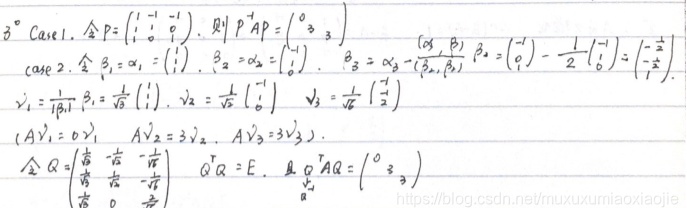
\(3^{\circ}\) Case 1. 令 \(P = \begin{pmatrix}1& -1&0\\1&1&0\\0&0&1\end{pmatrix}\)，则 \(P^{-1}AP=\begin{pmatrix}0&0&0\\0&3&0\\0&0&3\end{pmatrix}\)。

Case 2. 令 \(\beta_1=\alpha_1 = \begin{pmatrix}1\\1\\0\end{pmatrix}\)，\(\beta_2=\alpha_2=\begin{pmatrix}1\\ - 1\\0\end{pmatrix}\)，\(\beta_3=\alpha_3-\frac{(\alpha_3,\beta_1)}{(\beta_1,\beta_1)}\beta_1=\begin{pmatrix}0\\0\\1\end{pmatrix}-\frac{1}{2}\begin{pmatrix}1\\1\\0\end{pmatrix}=\begin{pmatrix}-\frac{1}{2}\\-\frac{1}{2}\\1\end{pmatrix}\)。

\(\gamma_1=\frac{1}{|\beta_1|}\beta_1=\frac{1}{\sqrt{2}}\begin{pmatrix}1\\1\\0\end{pmatrix}\)，\(\gamma_2=\frac{1}{|\beta_2|}\begin{pmatrix}1\\ - 1\\0\end{pmatrix}\)，\(\gamma_3=\frac{1}{|\beta_3|}\begin{pmatrix}-\frac{1}{2}\\-\frac{1}{2}\\1\end{pmatrix}\)。

\((A\gamma_1 = 0\gamma_1,\ A\gamma_2 = 3\gamma_2,\ A\gamma_3 = 3\gamma_3)\)。

令 \(Q=\begin{pmatrix}\frac{1}{\sqrt{2}}&\frac{1}{\sqrt{2}}&-\frac{1}{\sqrt{6}}\\\frac{1}{\sqrt{2}}&-\frac{1}{\sqrt{2}}&-\frac{1}{\sqrt{6}}\\0&0&\frac{2}{\sqrt{6}}\end{pmatrix}\)，\(Q^{T} = E\)，且 \(Q^{T}AQ=\begin{pmatrix}0&0&0\\0&3&0\\0&0&3\end{pmatrix}\)。